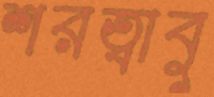
শরত্বাবু